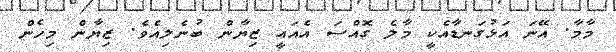
މާމާ. އޭނަ އަޅުގަނޑާއެކީ މާލެ ގޮއްސަ އެއައީ ޒިޔާން ބުނެލިއެވެ. ޒިޔާން މިހެން